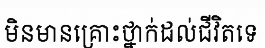
មិនមានគ្រោះថ្នាក់ដល់ជីវិតទេ